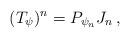
LaTeX: \begin{align*}(T_\psi)^n = P_{\psi_n} J_n \,,\end{align*}